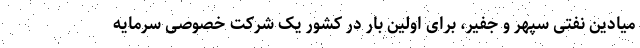
میادین نفتی سپهر و جفیر، برای اولین بار در کشور یک شرکت خصوصی سرمایه